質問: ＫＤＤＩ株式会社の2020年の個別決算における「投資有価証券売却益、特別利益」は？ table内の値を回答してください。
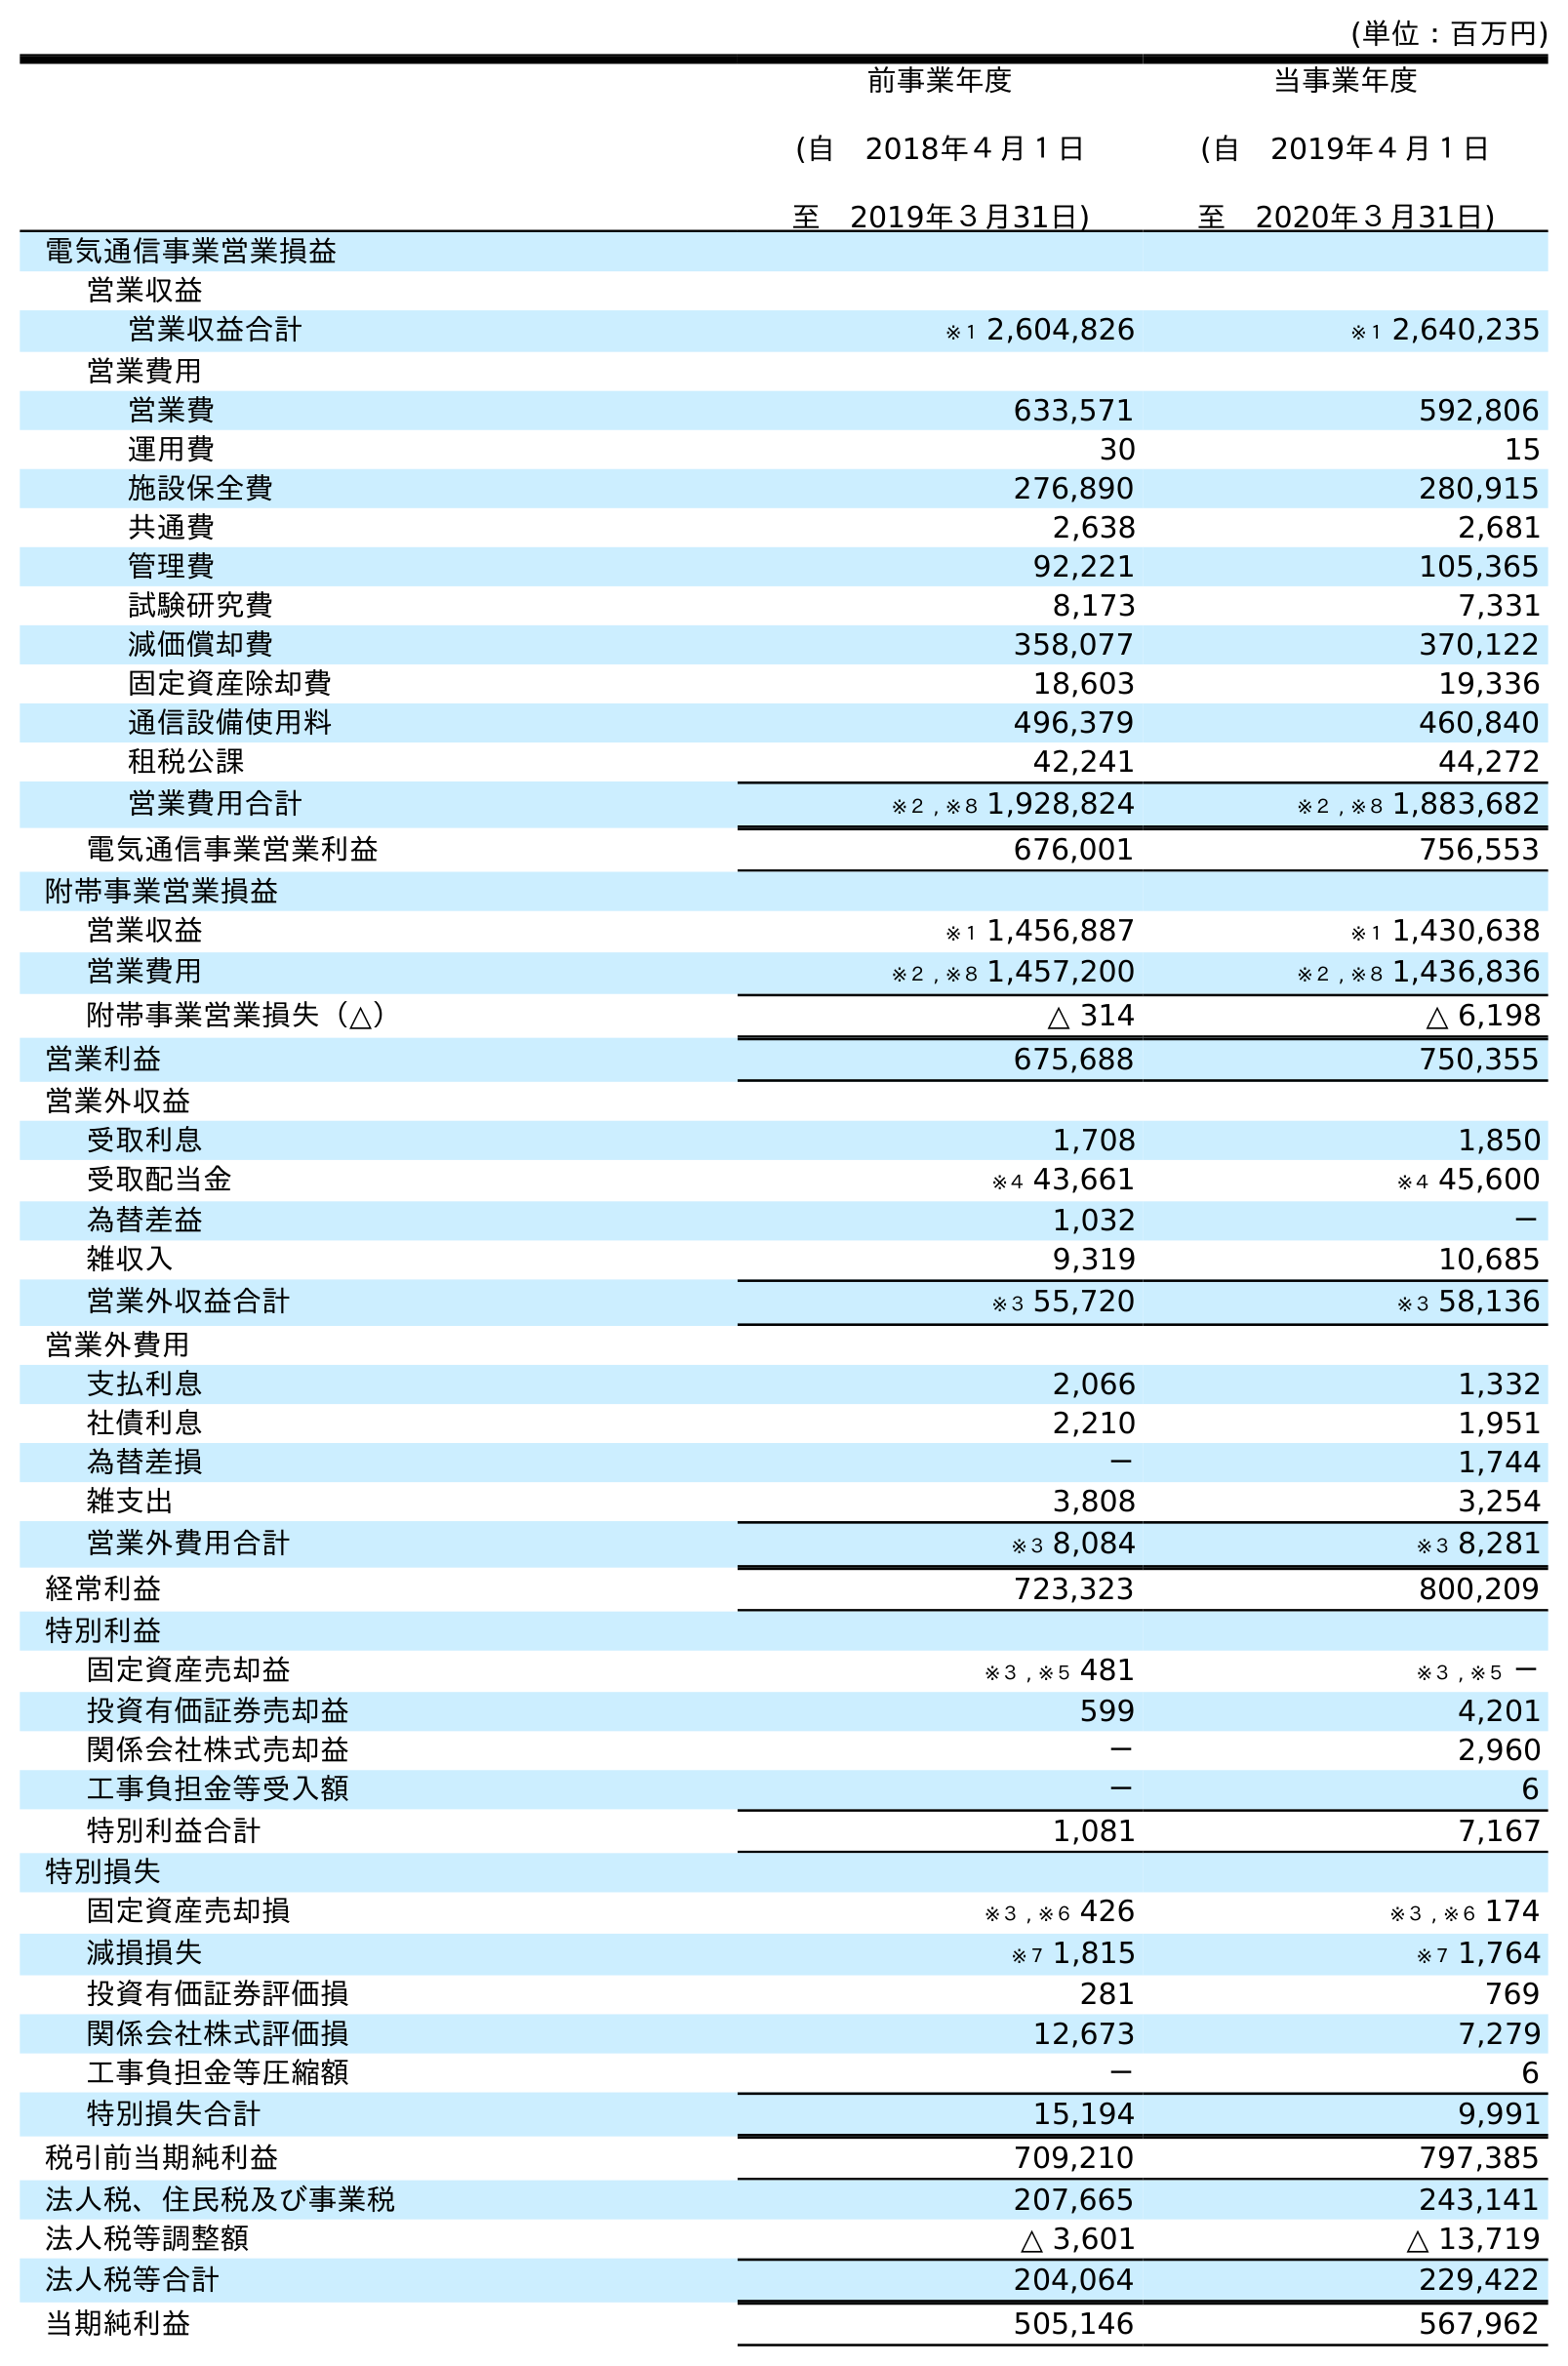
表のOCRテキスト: (単位：百万円) 前事業年度 (自 2018年４月１日 至 2019年３月31日) 当事業年度 (自 2019年４月１日 至 2020年３月31日) 電気通信事業営業損益 営業収益 営業収益合計 ※１ 2,604,826 ※１ 2,640,235 営業費用 営業費 633,571 592,806 運用費 30 15 施設保全費 276,890 280,915 共通費 2,638 2,681 管理費 92,221 105,365 試験研究費 8,173 7,331 減価償却費 358,077 370,122 固定資産除却費 18,603 19,336 通信設備使用料 496,379 460,840 租税公課 42,241 44,272 営業費用合計 ※２ , ※８ 1,928,824 ※２ , ※８ 1,883,682 電気通信事業営業利益 676,001 756,553 附帯事業営業損益 営業収益 ※１ 1,456,887 ※１ 1,430,638 営業費用 ※２ , ※８ 1,457,200 ※２ , ※８ 1,436,836 附帯事業営業損失（△） △ 314 △ 6,198 営業利益 675,688 750,355 営業外収益 受取利息 1,708 1,850 受取配当金 ※４ 43,661 ※４ 45,600 為替差益 1,032 － 雑収入 9,319 10,685 営業外収益合計 ※３ 55,720 ※３ 58,136 営業外費用 支払利息 2,066 1,332 社債利息 2,210 1,951 為替差損 － 1,744 雑支出 3,808 3,254 営業外費用合計 ※３ 8,084 ※３ 8,281 経常利益 723,323 800,209 特別利益 固定資産売却益 ※３ , ※５ 481 ※３ , ※５ － 投資有価証券売却益 599 4,201 関係会社株式売却益 － 2,960 工事負担金等受入額 － 6 特別利益合計 1,081 7,167 特別損失 固定資産売却損 ※３ , ※６ 426 ※３ , ※６ 174 減損損失 ※７ 1,815 ※７ 1,764 投資有価証券評価損 281 769 関係会社株式評価損 12,673 7,279 工事負担金等圧縮額 － 6 特別損失合計 15,194 9,991 税引前当期純利益 709,210 797,385 法人税、住民税及び事業税 207,665 243,141 法人税等調整額 △ 3,601 △ 13,719 法人税等合計 204,064 229,422 当期純利益 505,146 567,962
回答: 4,201